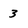
Character: 3